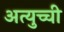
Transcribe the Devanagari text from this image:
अत्युच्ची